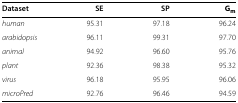
| Dataset | SE | SP | Gm |
 | --- | --- | --- | --- |
 | human | 95.31 | 97.18 | 96.24 |
 | arabidopsis | 96.11 | 99.31 | 97.70 |
 | animal | 94.92 | 96.60 | 95.76 |
 | plant | 92.36 | 98.38 | 95.32 |
 | virus | 96.18 | 95.95 | 96.06 |
 | microPred | 92.76 | 96.46 | 94.59 |